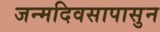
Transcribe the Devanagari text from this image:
जन्मदिवसापासुन